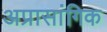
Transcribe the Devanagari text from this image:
अप्रासांगिक